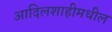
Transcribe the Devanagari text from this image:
आदिलशाहीमधील